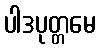
ပါဒပုတ္တမေ